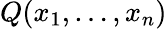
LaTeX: Q(x_{1},\ldots,x_{n})